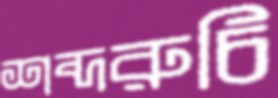
শব্দরুচি